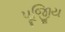
પૂજિીય